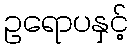
ဥရောပနှင့်